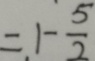
= 1 - \frac { 5 } { 2 }